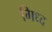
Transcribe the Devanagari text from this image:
गिध्द